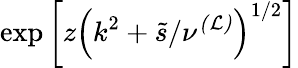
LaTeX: \exp\left[z\left(k^{2}+\tilde{s}/\nu^{\mathcal{(L)}}\right)^{1/2}\right]